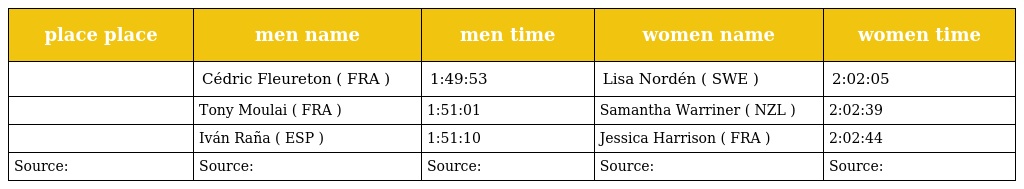
| place place | men name | men time | women name | women time |
 | --- | --- | --- | --- | --- |
 |  | Cédric Fleureton ( FRA ) | 1:49:53 | Lisa Nordén ( SWE ) | 2:02:05 |
 |  | Tony Moulai ( FRA ) | 1:51:01 | Samantha Warriner ( NZL ) | 2:02:39 |
 |  | Iván Raña ( ESP ) | 1:51:10 | Jessica Harrison ( FRA ) | 2:02:44 |
 | Source: | Source: | Source: | Source: | Source: |